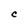
Character: C